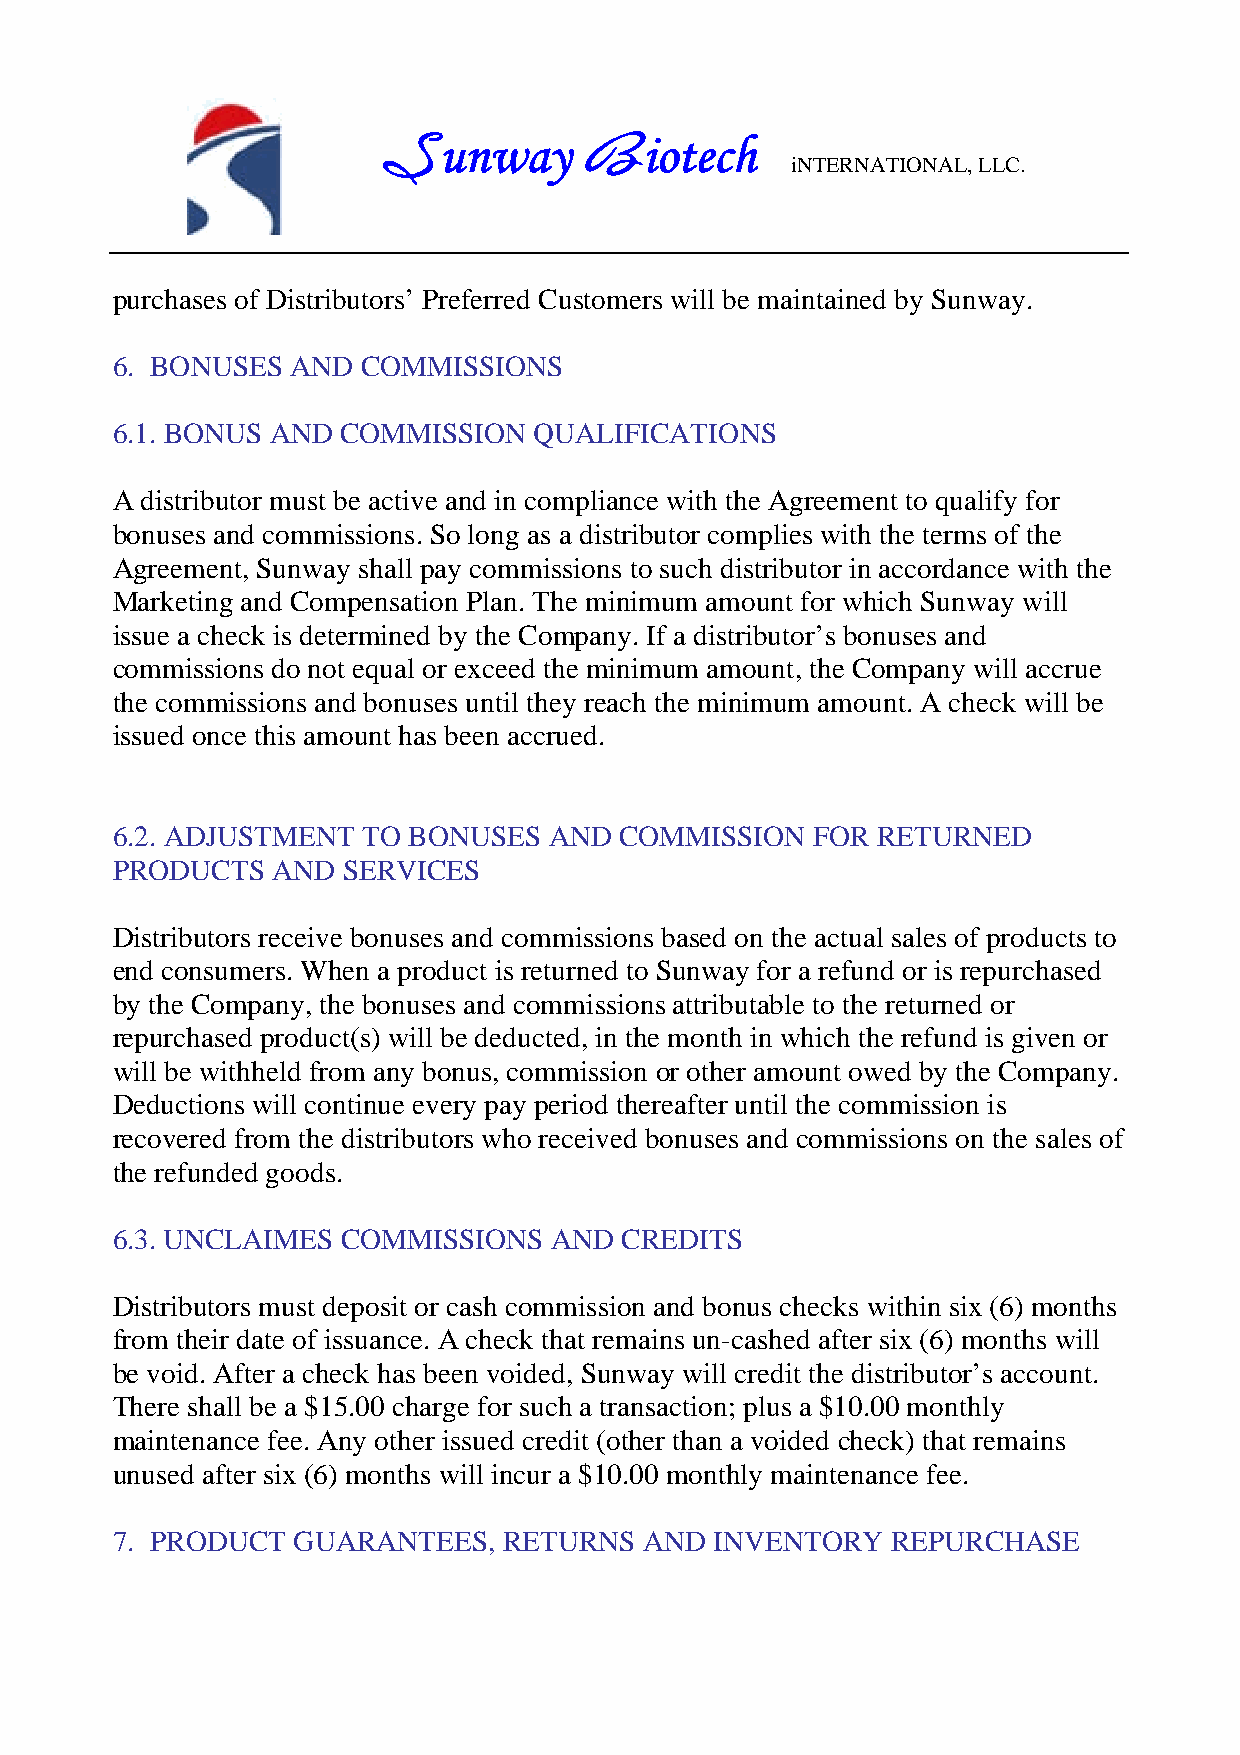
unway         iotech
 S             B            iNTERNATIONAL, LLC.
 purchases of Distributors’ Preferred Customers will be maintained by Sunway.
 6. BONUSES  AND  COMMISSIONS
 6.1. BONUS AND  COMMISSION  QUALIFICATIONS
 A distributor must be active and in compliance with the Agreement to qualify for
 bonuses and commissions. So long as a distributor complies with the terms of the
 Agreement, Sunway shall pay commissions to such distributor in accordance with the
 Marketing and Compensation Plan. The minimum amount for which Sunway will
 issue a check is determined by the Company. If a distributor’s bonuses and
 commissions do not equal or exceed the minimum amount, the Company will accrue
 the commissions and bonuses until they reach the minimum amount. A check will be
 issued once this amount has been accrued.
 6.2. ADJUSTMENT  TO BONUSES  AND  COMMISSION   FOR RETURNED
 PRODUCTS   AND  SERVICES
 Distributors receive bonuses and commissions based on the actual sales of products to
 end consumers. When a product is returned to Sunway for a refund or is repurchased
 by the Company, the bonuses and commissions attributable to the returned or
 repurchased product(s) will be deducted, in the month in which the refund is given or
 will be withheld from any bonus, commission or other amount owed by the Company.
 Deductions will continue every pay period thereafter until the commission is
 recovered from the distributors who received bonuses and commissions on the sales of
 the refunded goods.
 6.3. UNCLAIMES  COMMISSIONS  AND  CREDITS
 Distributors must deposit or cash commission and bonus checks within six (6) months
 from their date of issuance. A check that remains un-cashed after six (6) months will
 be void. After a check has been voided, Sunway will credit the distributor’s account.
 There shall be a $15.00 charge for such a transaction; plus a $10.00 monthly
 maintenance fee. Any other issued credit (other than a voided check) that remains
 unused after six (6) months will incur a $10.00 monthly maintenance fee.
 7. PRODUCT  GUARANTEES,   RETURNS   AND INVENTORY   REPURCHASE